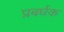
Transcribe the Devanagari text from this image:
प्रबर्धक